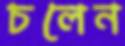
চলেন